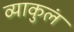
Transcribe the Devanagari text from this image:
व्याकुलं